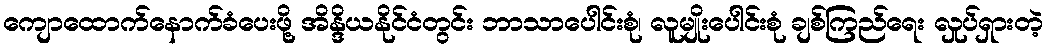
ကျောထောက်နောက်ခံပေးဖို့ အိန္ဒိယနိုင်ငံတွင်း ဘာသာပေါင်းစုံ၊ လူမျိုးပေါင်းစုံ ချစ်ကြည်ရေး လှုပ်ရှားတဲ့